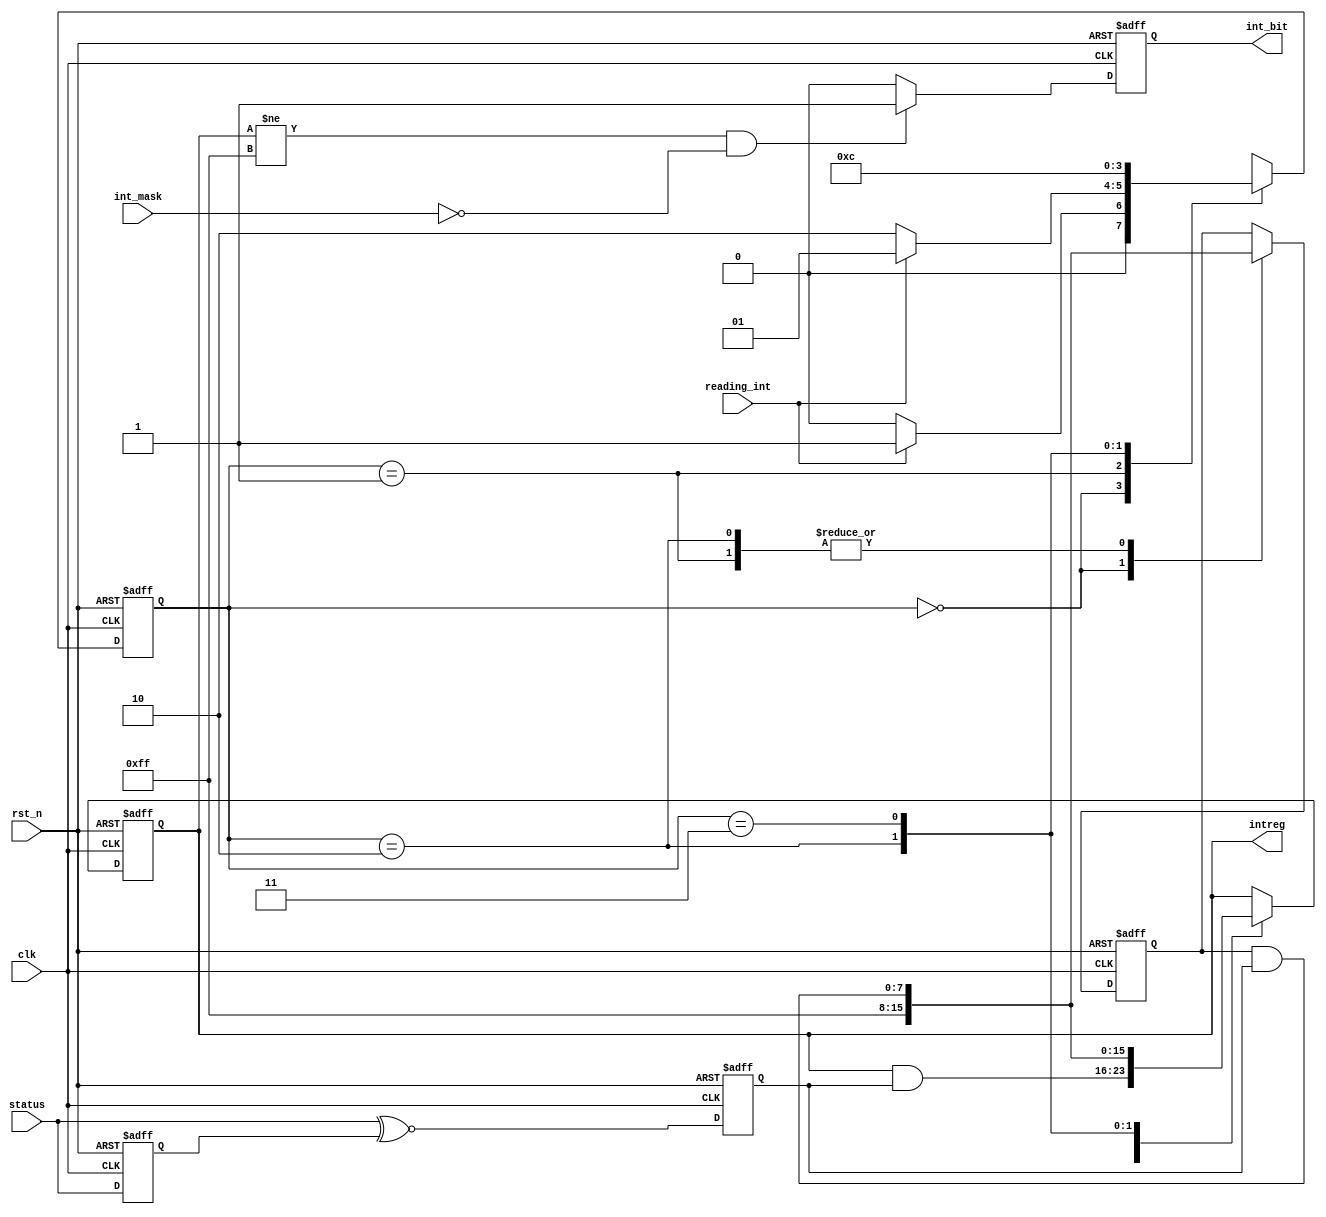
module interrupt(
        clk,
        rst_n,
        status,
        reading_int,
	int_mask,
        intreg,
	int_bit
);
input clk;
input rst_n;
input [7:0] status;
input reading_int;
input int_mask;
output [7:0] intreg;
output int_bit;
reg [7:0] intregtemp;
reg [7:0] status_delay;
reg [7:0] intgen;
reg [7:0] intreg;
reg int_bit;
reg [1:0] current_state;
reg [1:0] next_state;

parameter IDLE=2'b00;
parameter READING=2'b01;
parameter CLEAR=2'b10;
parameter POS_CLEAR=2'b11;
parameter TRUE=1'b1;
parameter FALSE=1'b0;

always @(posedge clk or negedge rst_n)
begin
        if(~rst_n)
        begin
                status_delay <= 8'hff;
                intgen <= 8'hff;
        end
        else
        begin
                status_delay <= status;
                intgen <= status ^~ status_delay;
        end
end

always @(current_state or reading_int)
begin
        case(current_state)
                IDLE:
                begin
                        if(reading_int==TRUE)
                        begin
                                next_state=READING;
                        end
                        else
                        begin
                                next_state=IDLE;
                        end
                end

                READING:
                begin
                        if(reading_int==FALSE)
                        begin
                                next_state=CLEAR;
                        end
                        else
                                next_state=READING;
                end

                CLEAR:
                begin
                        next_state=POS_CLEAR;
                end

                POS_CLEAR:
                begin
                        next_state=IDLE;
                end

                default:
                begin
                        next_state=IDLE;
                end
        endcase
end

always @(posedge clk or negedge rst_n)
begin
        if(~rst_n)
        begin
                intreg<=8'hff;
                intregtemp<=8'hff;
        end
        else
        begin
                case(current_state)
                        IDLE:
                        begin
                                intregtemp<=8'hff;
                                intreg<=intreg&intgen;
                        end

                        READING:
                        begin
                                intregtemp<=intregtemp&intgen;
                        end

                        CLEAR:
                        begin
                                intreg<=8'hff;
                                intregtemp<=intregtemp&intgen;
                        end

                        POS_CLEAR:
                        begin
                                intreg<=intgen&intregtemp;
                        end

                        default:
                                ;
                endcase
        end
end

always @(posedge clk or negedge rst_n)
begin
        if(~rst_n)
        begin
                current_state<=IDLE;
        end
        else
        begin
                current_state<=next_state;
        end
end

always @(posedge clk or negedge rst_n)
begin
	if(rst_n == 1'b0)
	begin
		int_bit<=1'b0;
	end
	else if((intreg!=8'hff)&&(int_mask==1'b0))
	begin
		int_bit<=1'b1;
	end
	else
	begin
		int_bit<=1'b0;
	end
end

endmodule